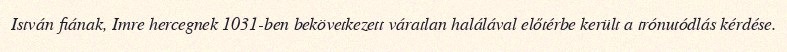
István fiának, Imre hercegnek 1031-ben bekövetkezett váratlan halálával előtérbe került a trónutódlás kérdése.